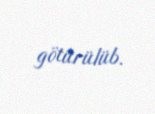
götürülüb.